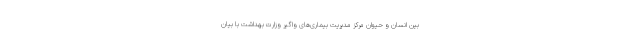
بین انسان و حیوان مرکز مدیریت بیماری‌های واگیر وزارت بهداشت با بیان